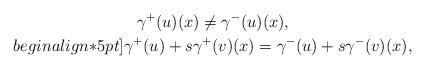
LaTeX: \begin{gather*}\gamma^+(u)(x)\ne \gamma^-(u)(x),\\begin{align*}5 pt]\gamma^+(u)+s\gamma^+(v)(x)=\gamma^-(u)+s\gamma^-(v)(x),\end{gather*}